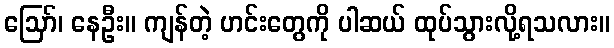
ဪ၊ နေဦး။ ကျန်တဲ့ ဟင်းတွေကို ပါဆယ် ထုပ်သွားလို့ရသလား။